ELKNU_Lihula_Rajoonikomitee, lk 9
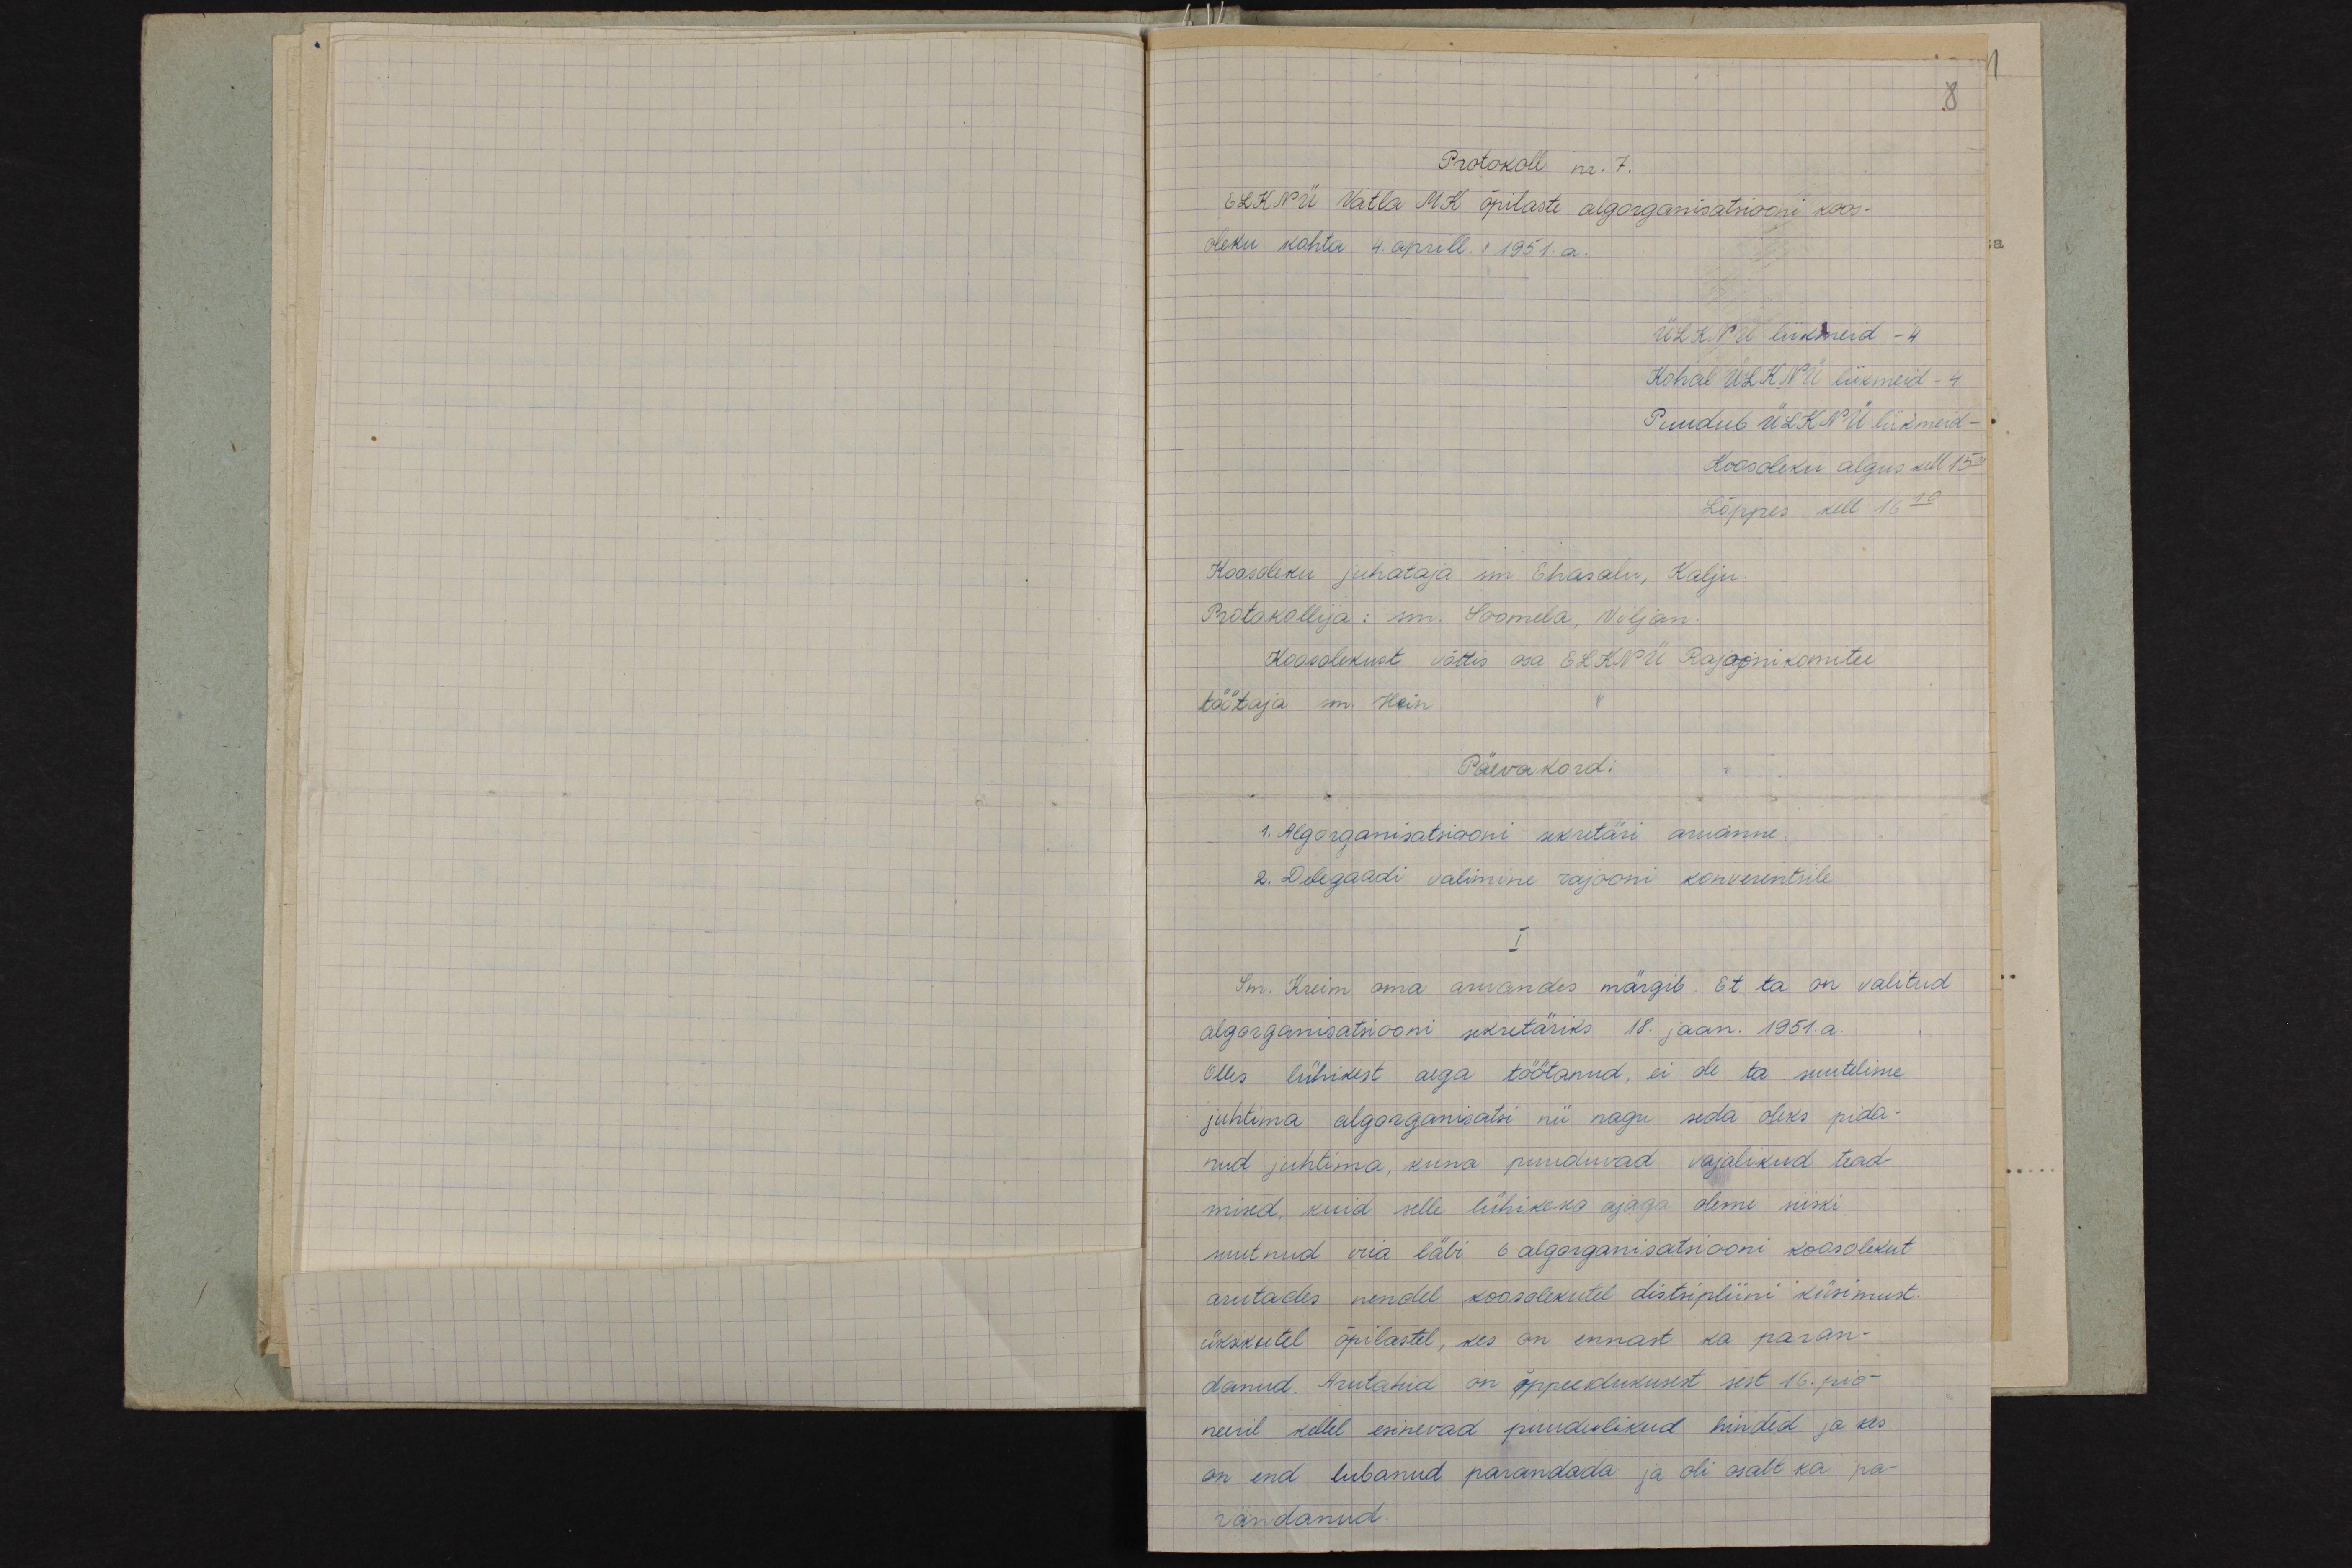
8
Protokoll nr. 7.
ELKNÜ Vatla MK õpilaste algorganisatsiooni koos-
oleku kohta 4. aprill. 1951.a.
ÜLKNÜ liikmerd -4
Kohal ÜLKNÜ liikmeid - 4
Puudub ÜLKNÜ liikmeid -
Koosoleku algus kell 15.30
Lõppes kell 16.10
Koosoleku juhataja sm. Ehasalu, Kalju-
Protokollija: sm. Soomela, Viljan.
Koosolekust võttis osa ELEKNÜ Rajoonikomitee
töötaja sm. Hein.
Päevakordi
1. Algorganisatsiooni sekretäri aruanne.
2. Delegaadi valimine rajooni konverentsile.
I
Sm. Kreim oma aruandes märgib. Et ta on valitud
algorganisatsiooni sekretäriks 18. jaan. 1951.a.
Olles lühikest aega töötanud, ei ole ta suutelime
juhtima algorganisatsi nii nagu seda oleks pida-
nud juhtima, kuna puuduvad vajalikud tead-
mised, kuid selle lühikese ajaga olime siiski
suutnud viia läbi 6 algorganisatsiooni koosolekut
arutades nendel koosolekutel distsipliini küsimust.
üksikutel õpilastel, kes on ennast ka paran-
danud. Arutatud on õppeedukusest sest 16. pio-
neeril kellel esinevad puudulikud hinded ja kes
on end lubanud parandada ja oli osalt ka pa-
randanud.